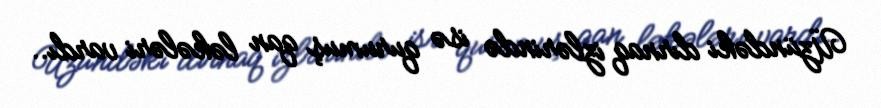
Üzündəki dırnaq izlərində isə qurumuş qan ləkələri vardı..